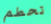
تحطم